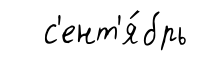
с'ент'я́брь